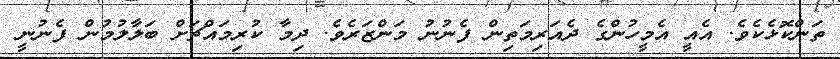
ތަންކޮޅެކެވެ. އެއީ އެމީހުންގެ ދެއަރިމަތިން ފެނުނު މަންޒަރެވެ. ދިމާ ކުރިމައްޗަށް ބަލާލުމުން ފެނުނީ